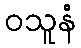
ဝသူနံ